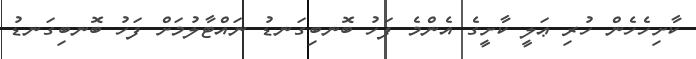
ކާށިހެހެން ހުރި ޢަލީ ކާށީގެ އެންމެ ފަހު ބޮނބިގަނޑު ނައްޓާލުމަށް ފަހު ބޮނބިގަނޑު